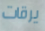
يرقات